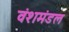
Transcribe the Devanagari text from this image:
वंशमंडल